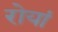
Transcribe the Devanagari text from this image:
रोयां